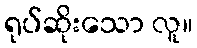
ရုပ်ဆိုးသော လူ။